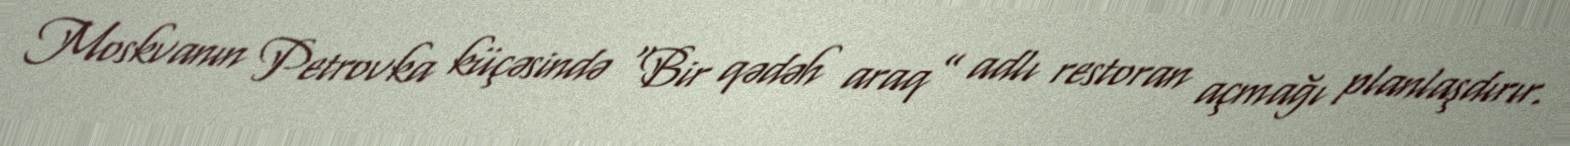
Moskvanın Petrovka küçəsində "Bir qədəh araq” adlı restoran açmağı planlaşdırır.